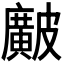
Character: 𥀱